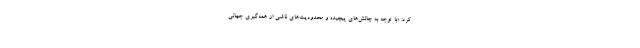
کرد: «با توجه به چالش‌های پیچیده و محدودیت‌های ناشی از همه‌گیری جهانی